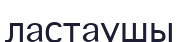
ластаушы